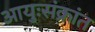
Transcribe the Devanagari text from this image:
आयुःसंक्रांत